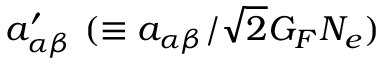
a _ { \alpha \beta } ^ { \prime } ~ ( \equiv a _ { \alpha \beta } / \sqrt { 2 } G _ { F } N _ { e } )